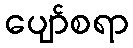
ပျော်စရာ